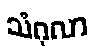
သံဂုလာ